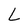
Character: L